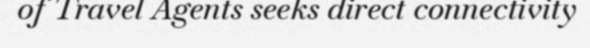
of Travel Agents seeks direct connectivity